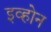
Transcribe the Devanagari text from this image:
इव्होन